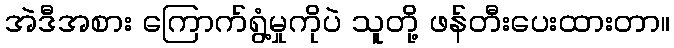
အဲဒီအစား ကြောက်ရွံ့မှုကိုပဲ သူတို့ ဖန်တီးပေးထားတာ။